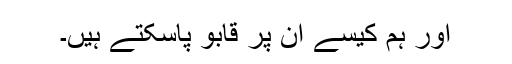
اور ہم کیسے اِن پر قابو پاسکتے ہیں۔